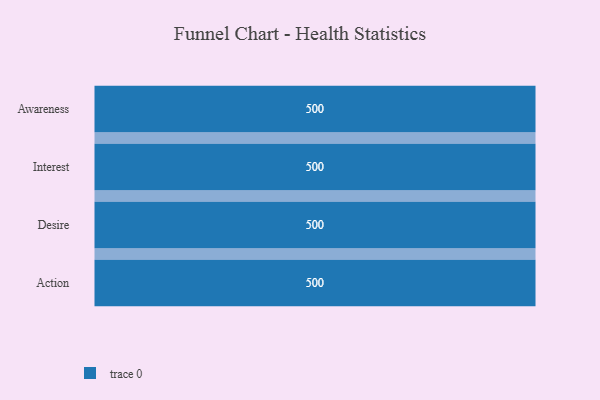
{"axis": {"x": "Stage", "y": "Value"}, "legend": [""], "data": [{"x": "Awareness", "y": 500, "type": ""}, {"x": "Interest", "y": 500, "type": ""}, {"x": "Desire", "y": 500, "type": ""}, {"x": "Action", "y": 500, "type": ""}]}